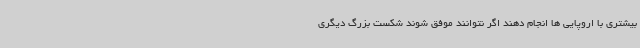
بیشتری با اروپایی ها انجام دهند اگر نتوانند موفق شوند شکست بزرگ دیگری